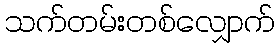
သက်တမ်းတစ်လျှောက်